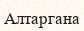
Алтаргана